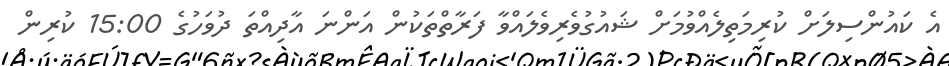
އެ ކައުންސިލަށް ކުރިމަތިލެއްވުމަށް ޝައުގުވެރިވެލައްވާ ފަރާތްތަކުން އަންނަ އާދިއްތަ ދުވަހުގެ 15:00 ކުރިން